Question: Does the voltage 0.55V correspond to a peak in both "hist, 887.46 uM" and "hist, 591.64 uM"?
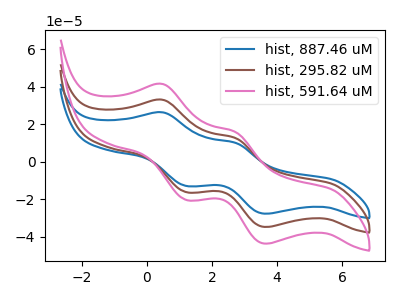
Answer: <think>The blue curve "hist, 887.46 uM" has anodic peaks at (0.50V, 66.00uA) (2.70V, 25.30uA) and cathodic peaks at (1.20V, -32.60uA) (3.65V, -69.70uA). The brown curve "hist, 295.82 uM" has anodic peaks at (0.50V, 33.00uA) (2.70V, 12.65uA) and cathodic peaks at (1.20V, -16.30uA) (3.65V, -34.85uA). The pink curve "hist, 591.64 uM" has anodic peaks at (0.50V, 41.40uA) (2.70V, 15.85uA) and cathodic peaks at (1.20V, -20.45uA) (3.65V, -43.75uA).</think>
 <answer>No, "hist, 887.46 uM" and "hist, 591.64 uM" dont share a peak at 0.55V.</answer>
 <eval>mismatch</eval>